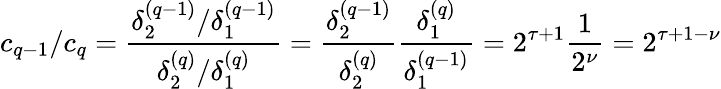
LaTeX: c_{q-1}/c_{q}=\frac{\delta_{2}^{(q-1)}/\delta_{1}^{(q-1)}}{\delta_{2}^{(q)}/\delta_{1}^{(q)}}=\frac{\delta_{2}^{(q-1)}}{\delta_{2}^{(q)}}\frac{\delta_{1}^{(q)}}{\delta_{1}^{(q-1)}}=2^{\tau+1}\frac{1}{2^{\nu}}=2^{\tau+1-\nu}